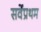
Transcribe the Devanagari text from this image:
सर्वेप्रथम